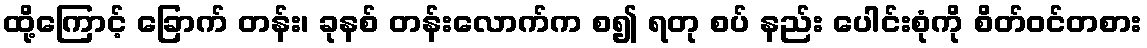
ထို့ကြောင့် ခြောက် တန်း၊ ခုနစ် တန်းလောက်က စ၍ ရတု စပ် နည်း ပေါင်းစုံကို စိတ်ဝင်တစား